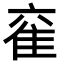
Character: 𮥹